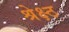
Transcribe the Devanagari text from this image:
श्रेक्ष्ठ